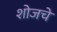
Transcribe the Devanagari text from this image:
शोजचे